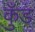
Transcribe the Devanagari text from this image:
कुँड